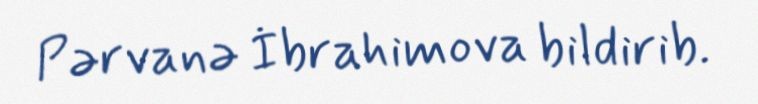
Pərvanə İbrahimova bildirib.